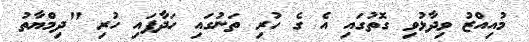
މުއިއްޒު ވިދާޅުވި ގޮތުގައި އެ ގެ ހުރި ތަނުގައި ހަދާފައި ހުރި "ދިމްޔާތު